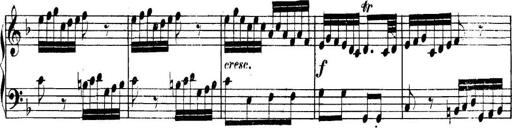
Title: Collected Piano Sonatas
Composer: Muzio Clementi